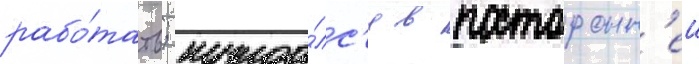
рабо́тать; нужда́лс'я в посторонн'еи